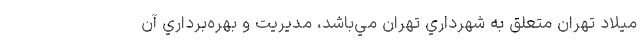
ميلاد تهران متعلق به شهرداري تهران مي‌باشد، مديريت و بهره‌برداري آن